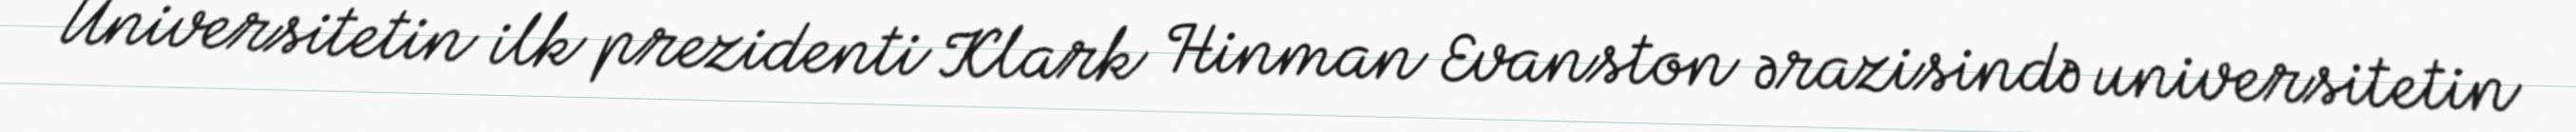
Universitetin ilk prezidenti Klark Hinman Evanston ərazisində universitetin